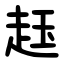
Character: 䞝